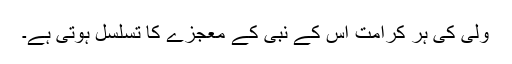
ولی کی ہر کرامت اس کے نبی کے معجزے کا تسلسل ہوتی ہے۔